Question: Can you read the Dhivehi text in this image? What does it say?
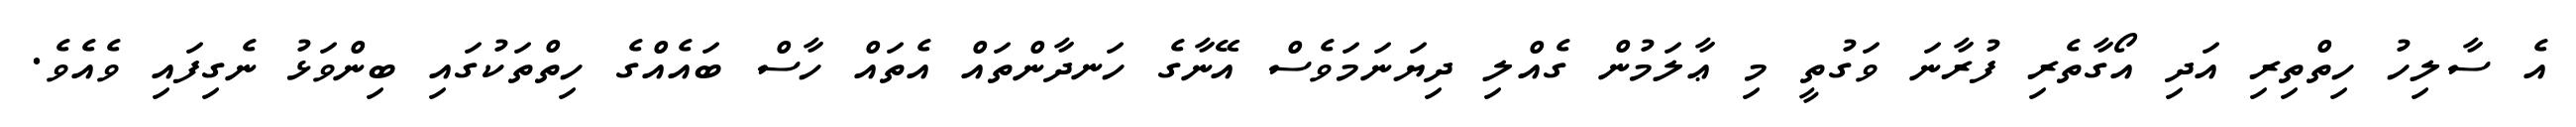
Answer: އެ ސާލިހު ހިތްތިރި އަދި އޯގާތެރި ފުރާނަ ވަގުތީ މި ޢާލަމުން ގެއްލި ދިޔަނަމަވެސް އޭނާގެ ހަނދާންތައް އެތައް ހާސް ބައެއްގެ ހިތްތަކުގައި ބިންވަޅު ނެގިފައި ވެއެވެ.